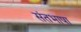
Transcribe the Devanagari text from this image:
संतभाषा